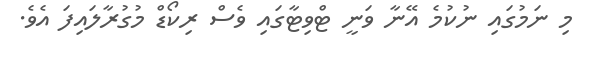
މި ނަމުގައި ނުކުމެ އޭނާ ވަނީ ޓްވިޓާގައި ވެސް ރިކޯޑް މުގުރާލައިފަ އެވެ.